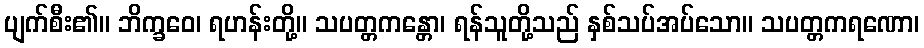
ပျက်စီး၏။ ဘိက္ခဝေ၊ ရဟန်းတို့။ သပတ္တကန္တော၊ ရန်သူတို့သည် နှစ်သပ်အပ်သော။ သပတ္တကရဏော၊